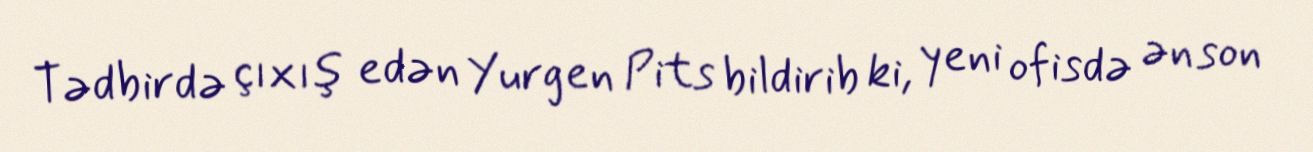
Tədbirdə çıxış edən Yurgen Pits bildirib ki, yeni ofisdə ən son